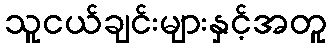
သူငယ်ချင်းများနှင့်အတူ